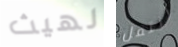
لهيث انتقل